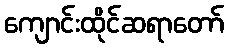
ကျောင်းထိုင်ဆရာတော်